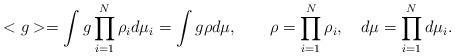
LaTeX: \begin{align*}< g > = \int g \prod_{i=1}^N \rho_i d\mu_i=\int g \rho d\mu,\quad\quad \rho=\prod_{i=1}^N\rho_i,\quad d\mu =\prod_{i=1}^Nd\mu_i.\end{align*}